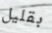
بقليل